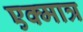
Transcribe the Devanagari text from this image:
एक्मात्र